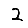
Digit: 2